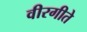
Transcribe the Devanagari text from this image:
वीरगीते